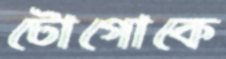
টোগোকে